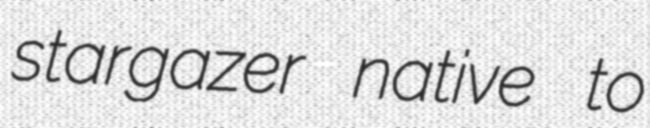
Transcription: stargazer native to